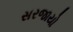
સરજાયો